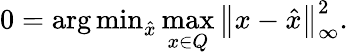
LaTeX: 0=\operatorname{\arg\operatorname*{min}}_{\hat{x}}\operatorname*{max}_{x\in Q}\left\| x-{\hat{x}}\right\| _{\infty}^{2}.